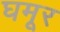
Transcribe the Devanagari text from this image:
घमूर